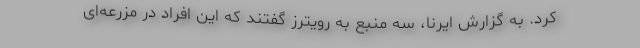
کرد. به گزارش ایرنا، سه منبع به رویترز گفتند که این افراد در مزرعه‌ای